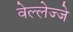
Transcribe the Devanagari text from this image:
वेल्लेज्जे